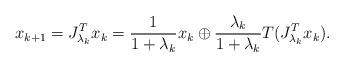
LaTeX: \begin{align*}x_{k+1}=J_{\lambda_k}^Tx_k=\frac{1}{1+\lambda_k}x_k\oplus\frac{\lambda_k}{1+\lambda_k}T(J_{\lambda_k}^Tx_k).\end{align*}